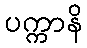
ပက္ကာနိ